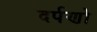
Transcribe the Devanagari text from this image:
दर्पणो